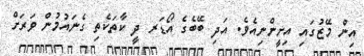
އިން މޭޒުގައި އިށީންނިއެވެ. އަދި ބޭބެގެ އޯޑަރ ދީ ކާތަކެތި ގެނައުމުން ވަރަށް